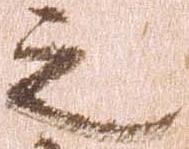
之